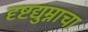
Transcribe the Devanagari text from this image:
दृष्टद्युम्नाचा